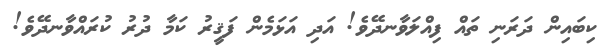
ކިބައިން ދަރަނި ތައް ފިއްލަވާނދޭވެ! އަދި އަޅަމެން ފަޤީރު ކަމާ ދުރު ކުރައްވާނދޭވެ!